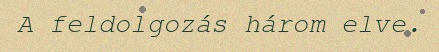
A feldolgozás három elve.